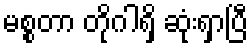
မစ္စတာ တိုဂါရှိ ဆုံးရှာပြီ